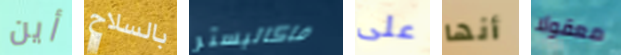
أين بالسلاح ماكاليستر على أنها معقولا